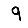
Digit: 9